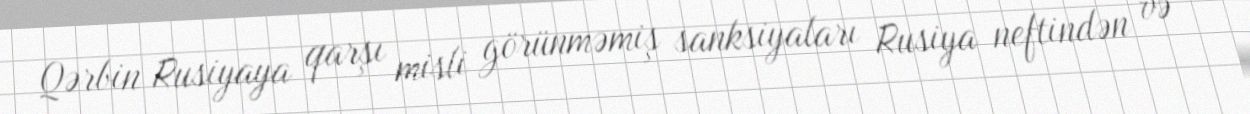
Qərbin Rusiyaya qarşı misli görünməmiş sanksiyaları Rusiya neftindən və